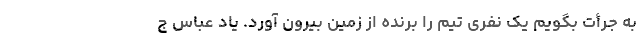
به جرأت بگویم یک نفری تیم را برنده از زمین بیرون آورد. یاد عباس ج